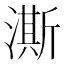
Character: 澌